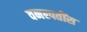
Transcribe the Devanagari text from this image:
वनस्पतींस